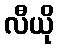
လီယို